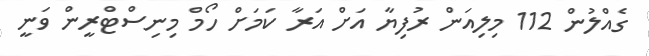
ގެއްލުން 112 މިލިއަން ރުފިޔާ އަށް އަރާ ކަމަށް ހޯމް މިނިސްޓްރީން ވަނީ